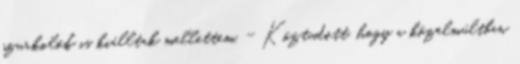
szurkolók is kiálltak mellettem. - Köztudott, hogy a közelmúltban